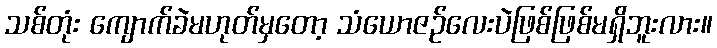
သစ်တုံး ကျောက်ခဲမဟုတ်မှတော့ သံယောဇဉ်လေးပဲဖြစ်ဖြစ်မရှိဘူးလား။